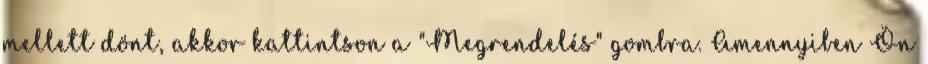
mellett dönt, akkor kattintson a "Megrendelés" gombra. Amennyiben Ön